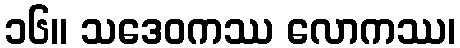
၁၆။ သဒေဝကဿ လောကဿ၊